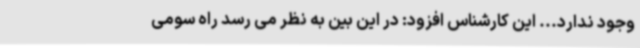
وجود ندارد... این کارشناس افزود: در این بین به نظر می رسد راه سومی